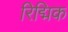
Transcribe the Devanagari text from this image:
रिद्मिक